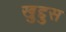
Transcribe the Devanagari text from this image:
खुद्दुस